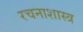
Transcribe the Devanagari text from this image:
रचनाशास्त्र